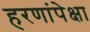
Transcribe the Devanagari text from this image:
हरणांपेक्षा